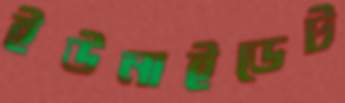
ইউনাইডেট